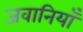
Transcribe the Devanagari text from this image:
जवानियाँ